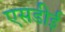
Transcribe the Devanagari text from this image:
एसडीई